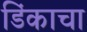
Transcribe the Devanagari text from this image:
डिंकाचा